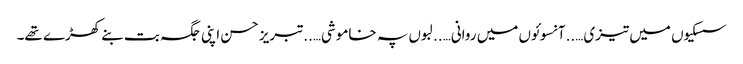
سسکیوں میں تیزی…..آنسوئوں میں روانی…..لبوں پہ خاموشی…..تبریز حسن اپنی جگہ بت بنے کھڑے تھے۔